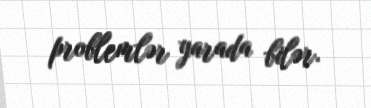
problemlər yarada bilər.